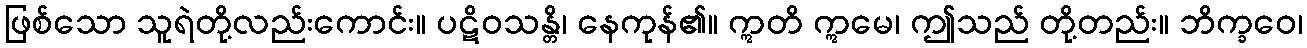
ဖြစ်သော သူရဲတို့လည်းကောင်း။ ပဋိဝသန္တိ၊ နေကုန်၏။ ဣတိ ဣမေ၊ ဤသည် တို့တည်း။ ဘိက္ခဝေ၊